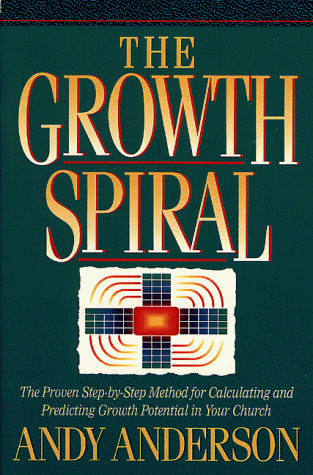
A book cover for The Growth Spiral: The Proven Step-By-Step Method for Calculating and Predicting Growth Potential in Your Church; Andy Anderson; Christian Books & Bibles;